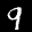
Label: 9